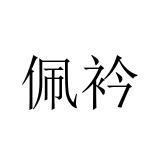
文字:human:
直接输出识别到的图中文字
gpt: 佩衿